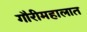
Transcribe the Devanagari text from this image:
गौरीमहालात